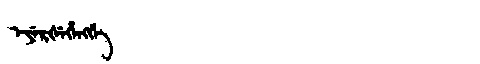
Manchu: ᡝᠶᡝᡵᡧᡝᡥᡝᠩᡤᡝ
Romanization: EYERŠEHENGGE